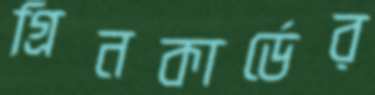
গ্রিনকার্ডের